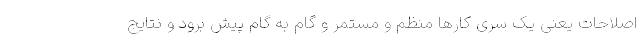
اصلاحات یعنی یک سری کارها منظم و مستمر و گام به گام پیش برود و نتایج